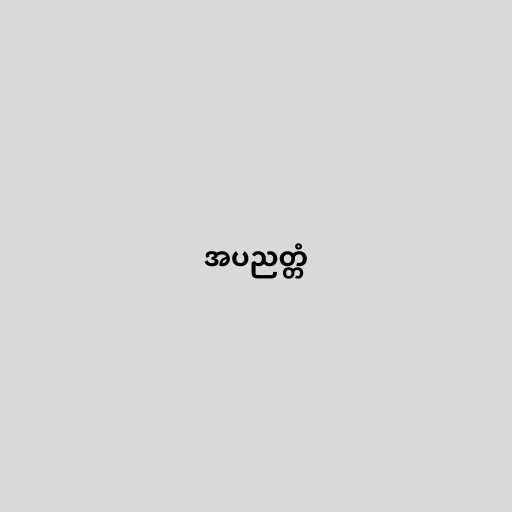
အပညတ္တံ